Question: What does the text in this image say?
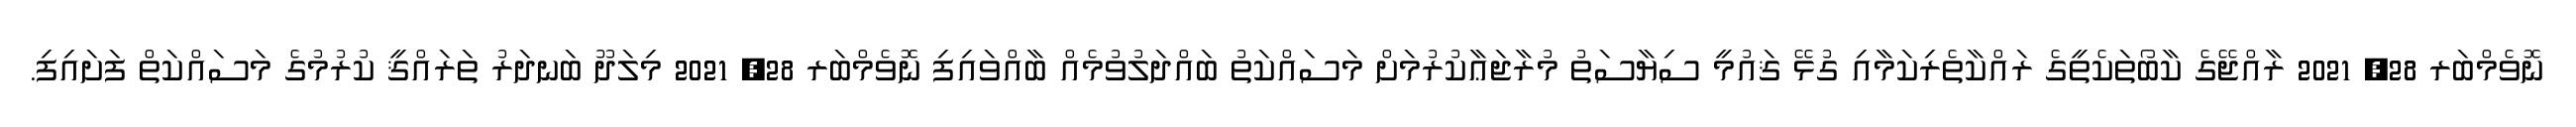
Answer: ނޮވެމްބަރ 28, 2021 ރާއްޖޭގެ ކާބޯތަކެތީގެ ރައްކާތެރިކަމާއި ގުޅޭ ޤައުމީ ސިޔާސަތު މުރާޖަޢާކުރުމަށް މަސައްކަތު ބައްދަލުވުމެއް ބާއްވައިފި ނޮވެމްބަރ 28, 2021 މިލަދޫ ބަނދަރު ތަރައްޤީ ކުރުމުގެ މަސައްކަތް ފަށައިފި.